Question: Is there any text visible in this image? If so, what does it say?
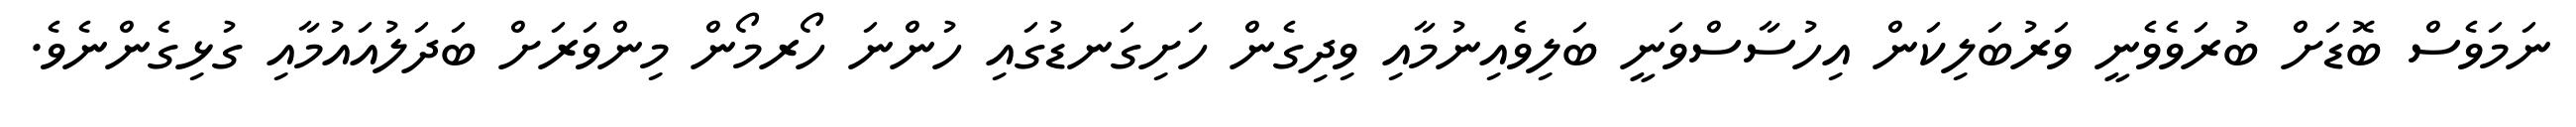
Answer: ނަމަވެސް ބޮޑަށް ބުރަވެވެނީ ވަރުބަލިކަން އިހުސާސްވަނީ ބަލިވެއިނުމާއި ވިދިގެން ހަށިގަނޑުގައި ހުންނަ ހޯރމޯން މިންވަރަށް ބަދަލުއައުމާއި ގުޅިގެންނެވެ.